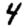
Digit: 4